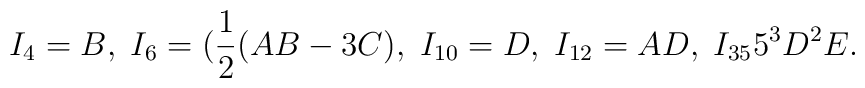
I_4 =B,\;I_6 =(\frac{1}{2}(AB-3C),\;I_{10}=D,\;I_{12}=AD,\;I_{35}5^3 D^2 E.